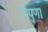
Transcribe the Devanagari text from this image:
निपुणाः